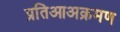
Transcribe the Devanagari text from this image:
प्रतिआअक्रमण